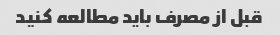
قبل از مصرف باید مطالعه کنید